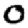
Digit: 0